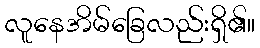
လူနေအိမ်ခြေလည်းရှိ၏။